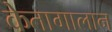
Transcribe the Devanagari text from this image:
केतागालान